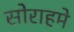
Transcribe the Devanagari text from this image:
सोराहमे